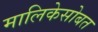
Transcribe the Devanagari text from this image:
मालिकेसोबत